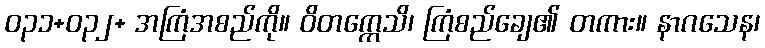
ဝ၃၁+ဝ၃၂+ အကြံအစည်ကို။ ဝိတက္ကေသိ၊ ကြံစည်ချေ၏ တကား။ နာဂသေန၊